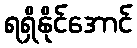
ရရှိနိုင်အောင်